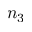
n _ { 3 }